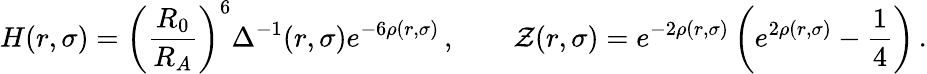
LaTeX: H(r,\sigma)=\left(\frac{R_{0}}{R_{A}}\right)^{6}\Delta^{-1}(r,\sigma)e^{-6\rho(r,\sigma)}\, ,\qquad\mathcal{Z}(r,\sigma)=e^{-2\rho(r,\sigma)}\left(e^{2\rho(r,\sigma)}-\frac{1}{4}\right)\, .